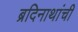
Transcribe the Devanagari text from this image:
ब्रदिनाथांची